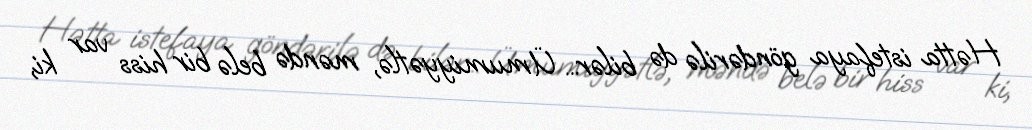
Hətta istefaya göndərilə də bilər... Ümumiyyətlə, məndə belə bir hiss var ki,